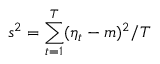
s ^ { 2 } = \sum _ { t = 1 } ^ { T } ( \eta _ { t } - m ) ^ { 2 } / T